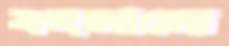
বদলালো